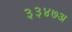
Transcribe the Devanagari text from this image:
३३४७अ